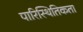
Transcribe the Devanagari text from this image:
पारिस्थितिकता